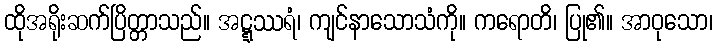
ထိုအရိုးဆက်ပြိတ္တာသည်။ အဋ္ဋဿရံ၊ ကျင်နာသောသံကို။ ကရောတိ၊ ပြု၏။ အာဝုသော၊